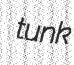
tunk